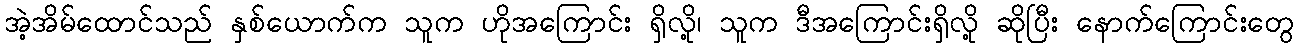
အဲ့အိမ်ထောင်သည် နှစ်ယောက်က သူက ဟိုအကြောင်း ရှိလို့၊ သူက ဒီအကြောင်းရှိလို့ ဆိုပြီး နောက်ကြောင်းတွေ